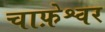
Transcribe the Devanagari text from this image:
चाफ़ेश्वर